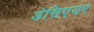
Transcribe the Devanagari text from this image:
डेसिएयर